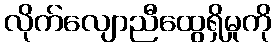
လိုက်လျောညီထွေရှိမှုကို